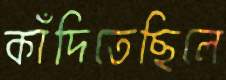
কাঁদিতেছিলে